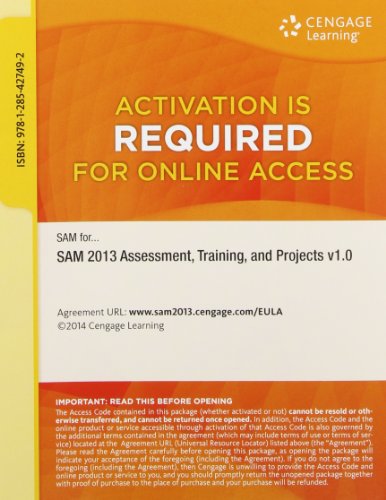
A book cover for SAM 2013 Assessment, Training, and Projects v1.0 Multi-Term Printed Access Card; SAM; Computers & Technology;